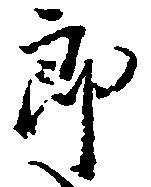
郎